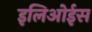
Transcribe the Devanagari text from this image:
इलिओईस